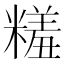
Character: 𬖱